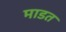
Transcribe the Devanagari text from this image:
माडत